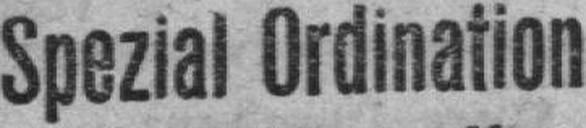
Spezial Ordination